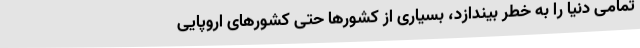
تمامی دنیا را به خطر بیندازد، بسیاری از کشورها حتی کشورهای اروپایی